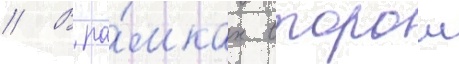
// В ра́мках второи